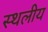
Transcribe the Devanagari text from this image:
स्‍थलीय